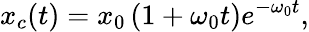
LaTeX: x_{c}(t)=x_{0}\left(1+\omega_{0}t\right)e^{-\omega_{0}t},